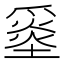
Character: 𡐼